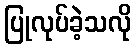
ပြုလုပ်ခဲ့သလို